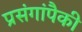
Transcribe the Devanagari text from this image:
प्रसंगांपैकी